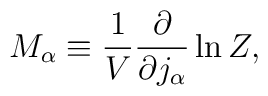
M_\alpha\equiv\frac{1}{V}\frac{\partial}{\partial j_\alpha}\ln Z,